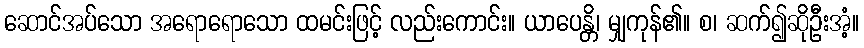
ဆောင်အပ်သော အရောရောသော ထမင်းဖြင့် လည်းကောင်း။ ယာပေန္တိ၊ မျှကုန်၏။ စ၊ ဆက်၍ဆိုဦးအံ့။